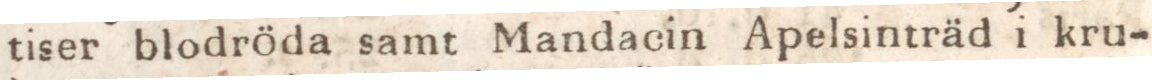
tiser blodröda samt Mandacin Apelsinträd i kru-